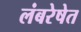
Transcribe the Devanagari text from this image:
लंबरेषेत